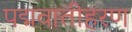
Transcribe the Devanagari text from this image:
पद्मवातीहरण